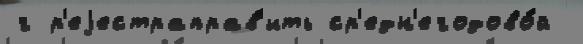
г р'еjестраправ'ить ср'едн'егодово́й